Source: Handwritten
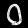
Digit: ၀ (0)